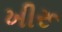
ખીરૂ